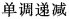
单调递减